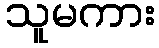
သူမကား